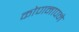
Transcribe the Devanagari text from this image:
कोणनापने